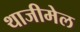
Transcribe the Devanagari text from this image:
थाजीमेल